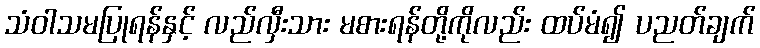
သံဝါသမပြုရန်နှင့် လည်လှီးသား မစားရန်တို့ကိုလည်း ထပ်မံ၍ ပညတ်ချက်